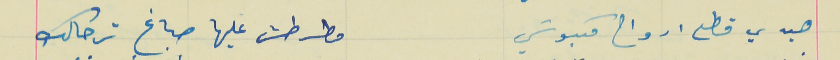
هيدي قطع ارواح مكبوسَي                            مطرطش عليها صباغ ترحالك